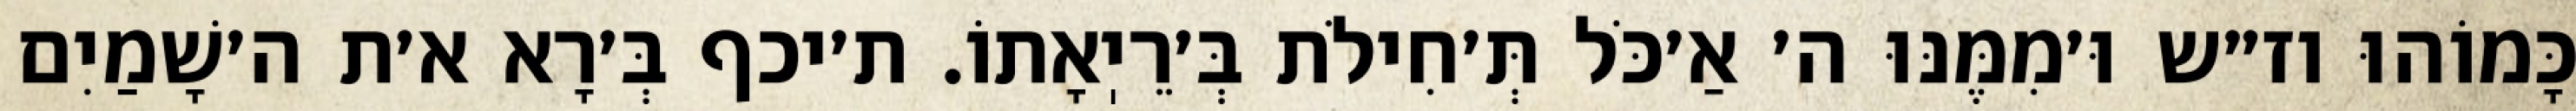
כָּמוֹהוּ וז״ש וּ׳מִמֶּנּוּ ה׳ אַ׳כֹּל תְּ׳חִילֹת בְּ׳רֵיֽאָתוֹ. ת׳יכף בְּ׳רָא א׳ת ה׳שָׁמַיִם